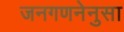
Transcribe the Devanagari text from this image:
जनगणनेनुसा